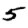
Digit: 5